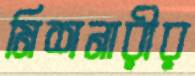
মিশনারীর